General report no. 6 on the lunatic asylums, vaccination and dispensaries in the Bengal Presidency, 1873 -
Year: 1873
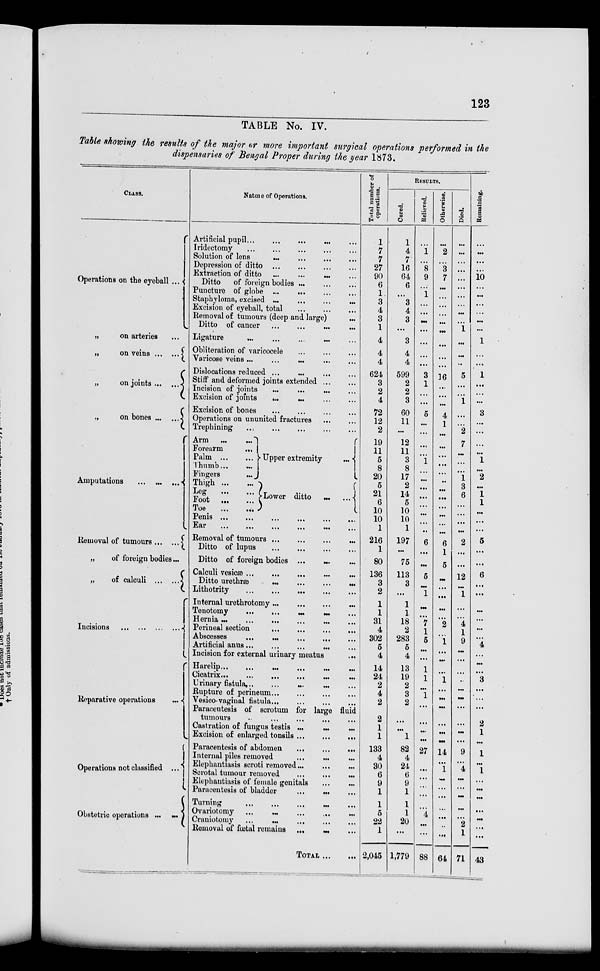
123
TABLE No. IV.
Table showing the results of the major or more important surgical operations performed in the
dispensaries of Bengal Proper during the year 1873.
CLASS.
Operations on the eyeball ...
„
on arteries
„
on veins
„
on joints
„
on bones ... ...
Amputations
... ... ...
Removal of tumours... ...
„
of foreign bodies...
„
of calculi ... ...
Incisions ... ... ... ...
Reparative operations
...
Operations not classified ...
Obstetric
operations
...
...
Nature of Operations.
Artificial pupil... ... ... ... ...
Iridectomy ... ... ... ... ...
Solution of lens ... ... ... ...
Depression of ditto... ... ... ...
Extraction of ditto
...
...
...
...
Ditto
of foreign bodies ... ... ...
Puncture of globe ...
... ... ...
Staphyloma, excised
...
... ... ...
Excision of eyeball, total ... ... ...
Removal of tumours (deep and large) ...
Ditto of cancer... ... ... ...
Ligature...
...
...
...
...
Obliteration of varicocele... ... ...
Varicose veins ... ... ... ... ...
Dislocations reduced ... ... ... ...
Stiff and deformed joints extended ...
Incision of joints ... ... ... ...
Excision of joints
... ... ... ...
Excision of bones
...
...
...
...
Operations on ununited fractures ... ...
Trephining
... ... ... ... ...
Arm...
...
Forearm
...
Palm
...
...
Thumb...
...
Fingers
...
Thigh ... ...
Leg
...
...
Foot
...
...
Toe
...
...
Upper extremity
...
Lower ditto ... ...
Penis...
...
...
...
...
...
Ear
...
...
...
...
...
Removal of
tumours...
...
...
...
Ditto of lupus
...
...
...
...
Ditto of foreign bodies ...
... ...
Calculi vesicae ... ... ... ... ...
Ditto urethra
...
...
...
...
Lithotrity
... ... ... ... ...
Internal urethrotomy...
...
...
...
Tenotomy
...
...
...
...
...
Hernia ...
...
...
Perineal section
...
...
...
...
Abscesses
...
...
...
... ...
Artificial anus...
...
... ... ...
Incision for external urinary meatus ...
Harelip...
...
...
...
...
Cicatrix...
...
...
...
...
...
Urinary fistula... ... ... ... ...
Rupture of perineum ... ... ... ...
Vesico-vaginal fistula... ... ... ...
Paracentesis of scrotum for large fluid
tumours... ... ... ... ...
Castration of fungus testis ...
...
...
Excision of enlarged tonsils
...
...
...
Paracentesis of abdomen
...
...
...
Internal piles removed ... ... ...
Elephantiasis scroti removed...
...
...
Scrotal tumour removed... ... ...
Elephautiasis of female genitals ... ...
Paracentesis of bladder
... ... ...
Turning ... ... ... ... ...
Ovariotomy... ... ... ... ...
Craniotomy
...
...
...
...
Removal of fœtal remains ...
...
TOTAL ... ...
Total number of
operations.
1
7
7
27
90
6
1
3
4
3
1
4
4
4
624
3
2
4
72
12
2
19
11
5
8
20
5
21
6
10
10
1
216
1
80
136
3
2
1
1
31
4
302
5
4
14
24
2
4
2
2
1
1
133
4
30
6
9
1
1
6
22
1
2,045
RESULTS.
Cored.
1
4
7
16
64
6
...
3
4
3
...
3
4
4
599
2
2
3
60
11
...
12
11
3
8
17
2
14
5
10
10
1
197
...
75
113
3
...
1
1
18
2
283
5
4
13
19
2
3
2
...
...
1
82
4
24
6
9
1
1
1
20
...
1,779
Relieved.
...
1
...
8
9
...
1
...
...
...
...
...
...
...
3
1
...
...
5
...
...
...
...
1
...
...
...
...
...
...
...
...
6
...
...
5
...
1
...
...
7
1
5
...
...
1
1
...
1
...
...
...
...
27
...
...
...
...
...
4
...
...
88
Otherwise.
...
2
...
3
7
...
...
...
...
...
...
...
...
...
16
...
...
...
4
1
...
...
...
...
...
...
...
...
...
...
...
...
6
1
5
...
...
...
...
...
2
...
1
...
...
...
1
...
...
...
...
...
...
14
...
1
...
...
...
...
...
...
...
64
Died.
...
...
...
...
...
...
...
...
...
...
1
...
...
...
5
...
...
1
...
...
2
7
...
...
...
1
3
6
...
...
...
...
2
...
...
12
...
1
...
...
4
1
9
...
...
...
...
...
...
...
...
...
...
9
...
4
...
...
...
...
...
2
1
71
Remaining.
...
...
...
...
10
...
...
...
...
...
...
1
...
...
1
...
...
...
3
...
...
...
...
1
...
2
...
1
1
...
...
...
5
...
...
6
...
...
...
...
...
...
4 ...
...
...
3
...
...
...
2
1
...
1
...
1
...
...
...
...
...
...
...
43